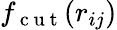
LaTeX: f_{\mathrm{~c~u~t~}}(r_{ij})